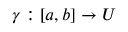
\! \, \gamma : [ a , b ] \to U